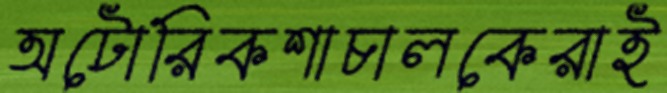
অটোরিকশাচালকেরাই